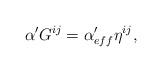
\begin{align*}\alpha' G^{ij} =\alpha'_{eff}\eta ^{ij},\end{align*}